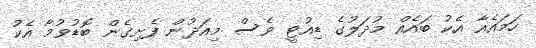
ހަމައެއާ އެކު ބައެއް މުދަލުގެ ޑިއުޓީ ވެސް މިއަދުން ފެށިގެން ބޮޮޑުވުމާ އެކު